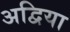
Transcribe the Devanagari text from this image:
अद्विया